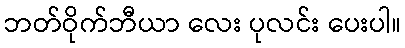
ဘတ်ဝိုက်ဘီယာ လေး ပုလင်း ပေးပါ။